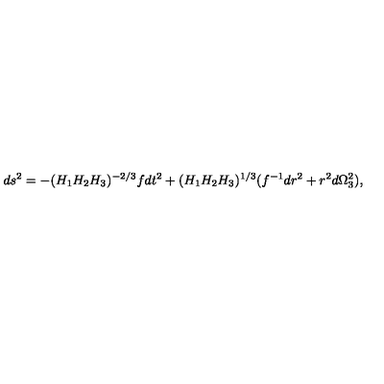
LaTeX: d s ^ { 2 } = - ( H _ { 1 } H _ { 2 } H _ { 3 } ) ^ { - 2 / 3 } f d t ^ { 2 } + ( H _ { 1 } H _ { 2 } H _ { 3 } ) ^ { 1 / 3 } ( f ^ { - 1 } d r ^ { 2 } + r ^ { 2 } d \Omega _ { 3 } ^ { 2 } ) ,